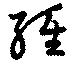
経